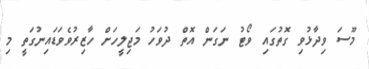
މޫސަ ވިދާޅުވި ގޮތުގައި ވޯޓު ނަގަން އޮތް ދުވަހު މަޖިލީހަށް ހާޒިރުވެވަޑައިނުގަތީ މި